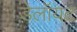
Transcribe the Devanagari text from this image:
डेलॉयट